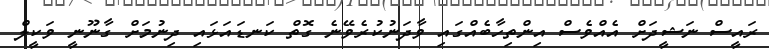
ރައީސް ނަޝީދަށް އެއްވެސް އިންތިހާބެއްގައި ވާދަނުކުރެވޭނެ ގޮތް ކަނޑައަޅައި ދިނުމަށް ގާނޫނީ ވަކީލް